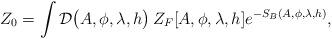
LaTeX: \begin{align*}Z_0=\int{\cal{D}}\big(A,\phi,\lambda,h\big)\,Z_F[A,\phi,\lambda,h]e^{-S_B(A,\phi,\lambda,h)},\end{align*}